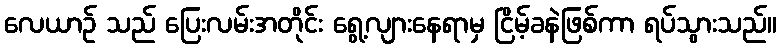
လေယာဉ် သည် ပြေးလမ်းအတိုင်း ရွေ့လျားနေရာမှ ငြိမ့်ခနဲဖြစ်ကာ ရပ်သွားသည်။